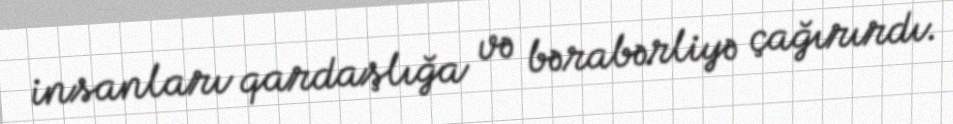
insanları qardaşlığa və bərabərliyə çağırırdı.